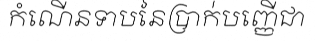
កំណើនទាបនៃប្រាក់បញ្ញើជា